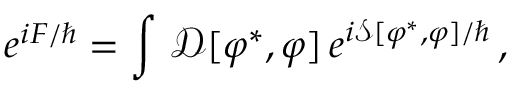
e ^ { i F / \hbar } = \int \, \mathcal { D } [ \varphi ^ { * } , \varphi ] \, e ^ { i \mathcal { S } [ \varphi ^ { * } , \varphi ] / \hbar } \, ,